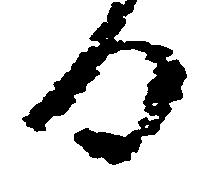
日